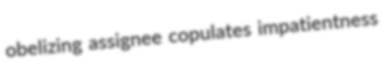
obelizing assignee copulates impatientness